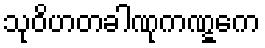
သုဝိဟတခါဏုကဏ္ဋကေ